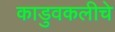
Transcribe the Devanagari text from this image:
काडुवकलीचे